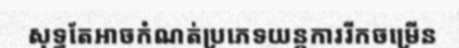
សុទ្ធតែអាចកំណត់ប្រភេទយន្តការរីកចម្រើន